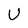
Character: U